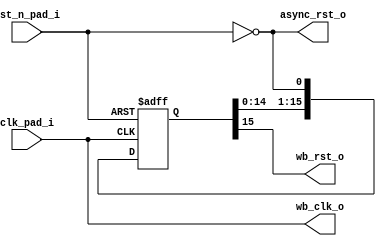
module clkgen
  (
   // Main clocks in, depending on board
   clk_pad_i,

   // Input reset - through a buffer, asynchronous
   async_rst_o,
   // Wishbone clock and reset out  
   wb_clk_o,
   wb_rst_o,

   // JTAG clock
`ifdef JTAG_DEBUG
   tck_pad_i,
   dbg_tck_o,
`endif      

   // Asynchronous, active low reset in
   rst_n_pad_i
   
   );

   input clk_pad_i;
   
   output async_rst_o;
   
   output wb_rst_o;
   output wb_clk_o;

`ifdef JTAG_DEBUG
   input  tck_pad_i;
   output dbg_tck_o;
`endif      
   
   // Asynchronous, active low reset (pushbutton, typically)
   input  rst_n_pad_i;
   
   // First, deal with the asychronous reset
   wire   async_rst_n;

   // An input buffer is usually instantiated here
   assign async_rst_n = rst_n_pad_i;
   
   // Everyone likes active-high reset signals...
   assign async_rst_o = ~async_rst_n;
   
`ifdef JTAG_DEBUG
   assign dbg_tck_o = tck_pad_i;
`endif

   //
   // Declare synchronous reset wires here
   //
   
   // An active-low synchronous reset signal (usually a PLL lock signal)
   wire   sync_rst_n;
   assign sync_rst_n  = async_rst_n; // Pretend it's somehow synchronous now


   // Here we just assign "board" clock (really test) to wishbone clock
   assign wb_clk_o = clk_pad_i;
   
   //
   // Reset generation
   //
   //

   // Reset generation for wishbone
   reg [15:0] 	   wb_rst_shr;
   always @(posedge wb_clk_o or posedge async_rst_o)
     if (async_rst_o)
       wb_rst_shr <= 16'hffff;
     else
       wb_rst_shr <= {wb_rst_shr[14:0], ~(sync_rst_n)};
   
   assign wb_rst_o = wb_rst_shr[15];
   
endmodule